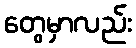
တွေမှာလည်း